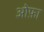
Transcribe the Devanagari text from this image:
ओफ़ा